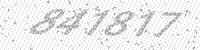
Solution: 841817